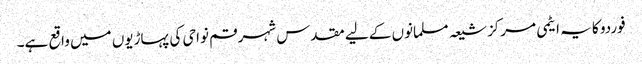
فوردو کا یہ ایٹمی مرکز شیعہ مسلمانوں کے لیے مقدس شہر قم نواحی کی پہاڑیوں میں واقع ہے۔